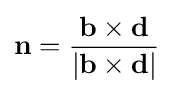
\mathbf {n} ={\frac {\mathbf {b} \times \mathbf {d} }{|\mathbf {b} \times \mathbf {d} |}}